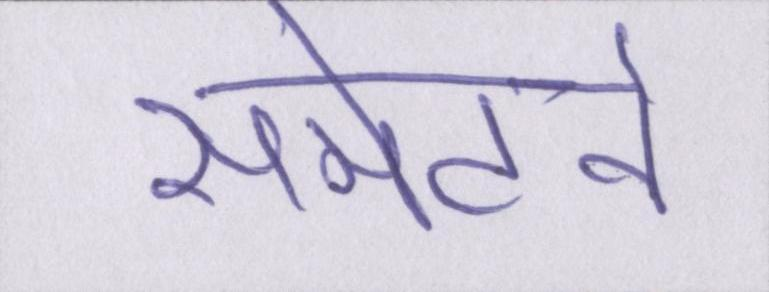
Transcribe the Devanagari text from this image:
समेटने